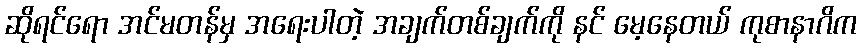
ဆိုရင်ရော အင်မတန်မှ အရေးပါတဲ့ အချက်တစ်ချက်ကို နင် မေ့နေတယ် ကုစာနာဂိက